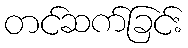
တင်ဆက်ခြင်း